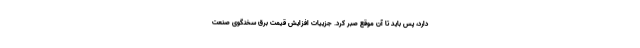
دارد، پس باید تا آن موقع صبر کرد. جزییات افزایش قیمت برق سخنگوی صنعت